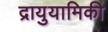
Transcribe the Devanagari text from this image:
द्रायुयामिकी